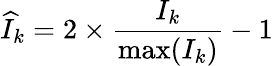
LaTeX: \widehat{I}_{k}=2\times\frac{I_{k}}{\operatorname*{max}(I_{k})}-1